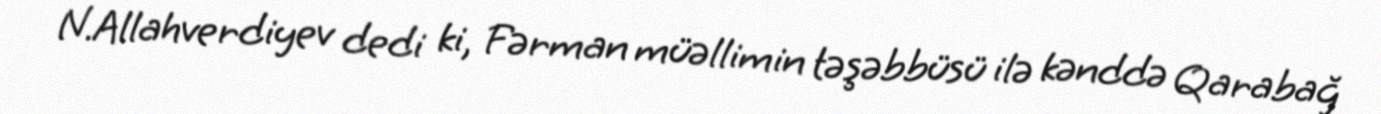
N.Allahverdiyev dedi ki, Fərman müəllimin təşəbbüsü ilə kənddə Qarabağ